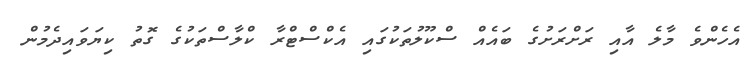
އެހެންވެ މާލެ އާއި ރަށްރަށުގެ ބައެއް ސްކޫލުތަކުގައި އެކްސްޓްރާ ކްލާސްތަކުގެ ގޮތު ކިޔަވައިދެމުން